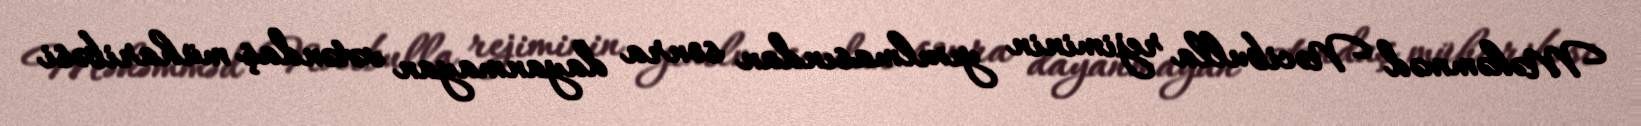
Məhəmməd Nəcibulla rejiminin yıxılmasından sonra dayanmayan vətəndaş müharibəsi